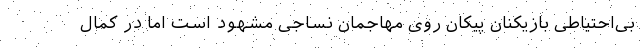
بی‌احتیاطی بازیکنان پیکان روی مهاجمان نساجی مشهود است اما در کمال